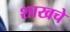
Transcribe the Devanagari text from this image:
शाखचे